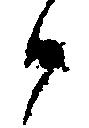
候